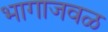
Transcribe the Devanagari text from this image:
भागाजवळ